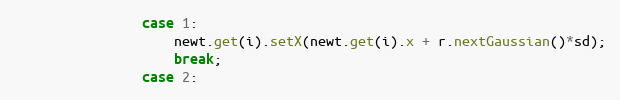
Language: Java
				case 1:
					newt.get(i).setX(newt.get(i).x + r.nextGaussian()*sd);
					break;
				case 2: